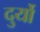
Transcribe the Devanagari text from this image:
दुर्यो